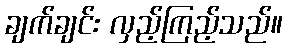
ချက်ချင်း လှည့်ကြည့်သည်။